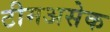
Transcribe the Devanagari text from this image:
टीमअसेक